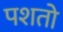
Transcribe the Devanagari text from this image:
पशतो